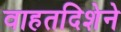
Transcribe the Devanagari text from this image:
वाहतदिशेने